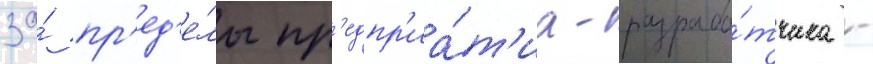
за́ пр'ед'е́лы пр'едпр'иа́т'иа-разрабо́тчика -